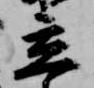
立